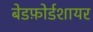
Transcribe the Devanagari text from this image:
बेडफ़ोर्डशायर